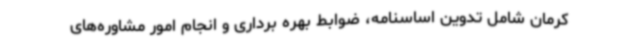
کرمان شامل تدوین اساسنامه، ضوابط بهره برداری و انجام امور مشاوره‌های